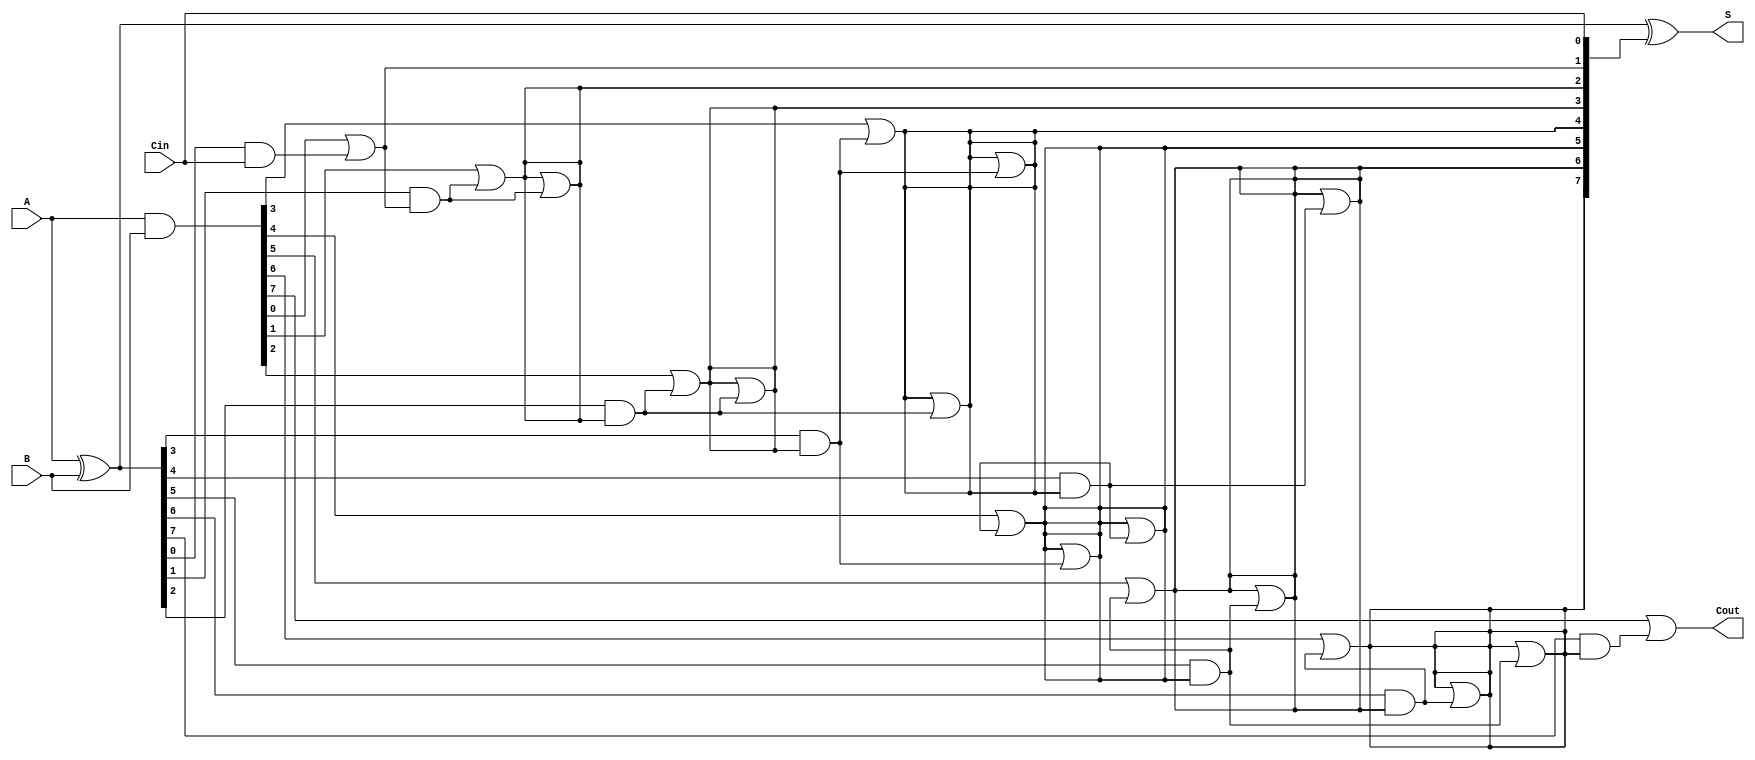
module KoggeStoneAdder #(parameter N = 8) (
    input [N-1:0] A,    // First n-bit input
    input [N-1:0] B,    // Second n-bit input
    input Cin,          // Carry-in
    output [N-1:0] S,   // n-bit sum output
    output Cout         // Carry-out output
);

    // Generate and Propagate signals
    wire [N-1:0] G; // Generate
    wire [N-1:0] P; // Propagate
    wire [N:0] C;   // Carry signals (C[0] is Cin)

    // Generate and Propagate calculations
    assign G = A & B;           // G[i] = A[i] AND B[i]
    assign P = A ^ B;           // P[i] = A[i] XOR B[i]
    assign C[0] = Cin;          // Carry-in

    // Carry generation using Kogge-Stone structure
    genvar i, j;
    generate
        // Level 0
        for (i = 0; i < N; i = i + 1) begin
            assign C[i+1] = G[i] | (P[i] & C[i]);
        end
        
        // Levels 1 to log2(N)
        for (j = 1; j < $clog2(N); j = j + 1) begin
            for (i = 0; i < N; i = i + 1) begin
                if (i >= (1 << j)) begin
                    assign C[i] = C[i] | (P[i - (1 << (j-1))] & C[i - (1 << (j-1))]);
                end
            end
        end
    endgenerate

    // Sum calculation
    assign S = P ^ C[N-1:0]; // S[i] = P[i] XOR C[i]

    // Carry-out
    assign Cout = C[N];

endmodule